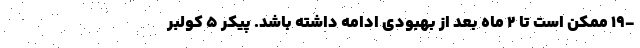
-۱۹ ممکن است تا ٢ ماه بعد از بهبودی ادامه داشته باشد. پیکر 5 کولبر